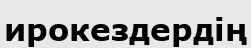
ирокездердің